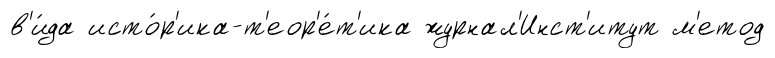
в'и́да исто́р'ика-т'еор'е́т'ика журнал'Инст'итут м'етод